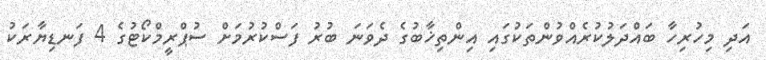
އަދި މިހުރިހާ ބައްދަލުކުރެއްވުންތަކުގައި އިންތިޚާބުގެ ދެވަނަ ބުރު ފަސްކުރުމަށް ސުޕްރީމްކޯޓުގެ 4 ފަނޑިޔާރަކު